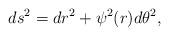
LaTeX: \begin{align*}ds^2 = dr^2+\psi^2(r)d\theta^2,\end{align*}